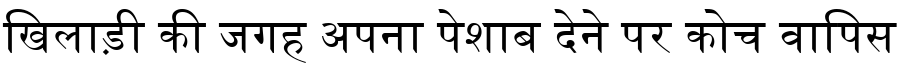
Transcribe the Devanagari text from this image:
खिलाड़ी की जगह अपना पेशाब देने पर कोच वापिस